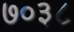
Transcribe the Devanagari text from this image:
७०३८